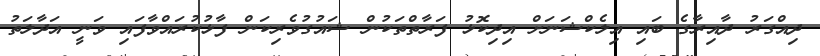
ދިއްގަރު ދާއިރާގެ ބައި އިލެކްޝަނަށް އިދިކޮޅު ފަރާތްތަކުން ޝައުުގުވެރިކަން ފާޅުކުރައްވާފައި ވަނީ އަދާލަތު